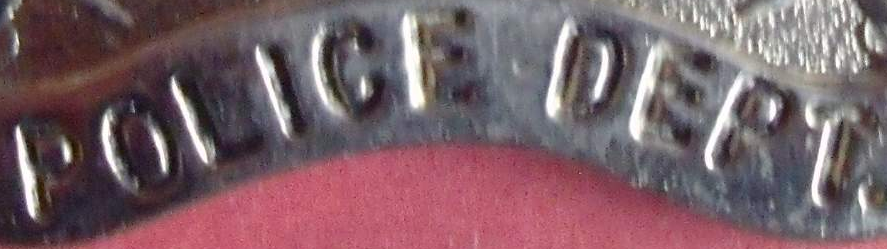
POLICE DEPT